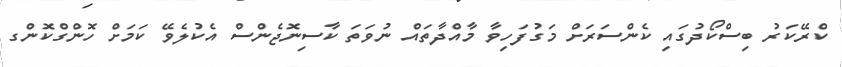
ކްރޭކަރު ބިސްކޯދުގައި ކެންސަރަށް މަގުފަހިވާ މާއްދާތައް ނުވަތަ ކާސިނޮޖެންސް އެކުލެވޭ ކަމަށް ހޮންގްކޮންގ